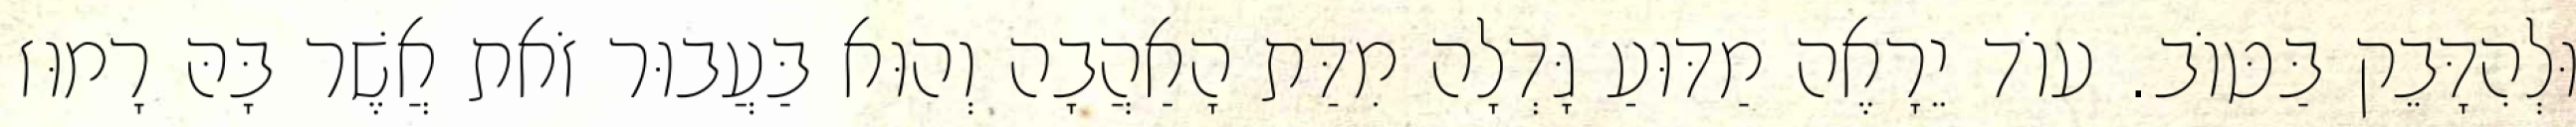
וּלְהִדָּבֵק בַּטּוֹב. עוֹד יֵרָאֶה מַדּוּעַ גָּדְלָה מִדַּת הָאַהֲבָה וְהוּא בַּעֲבוּר זֹאת אֲשֶׁר בָּהּ רָמוּז